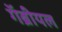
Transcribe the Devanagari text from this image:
गॅब्रीयल